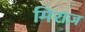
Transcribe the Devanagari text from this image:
मिराज़